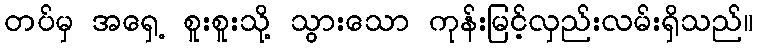
တပ်မှ အရှေ့ စူးစူးသို့ သွားသော ကုန်းမြင့်လှည်းလမ်းရှိသည်။